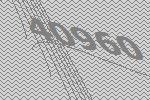
40960